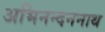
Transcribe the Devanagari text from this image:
अभिनन्दननाथ